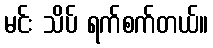
မင်း သိပ် ရက်စက်တယ်။